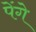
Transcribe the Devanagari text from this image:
पेंगे